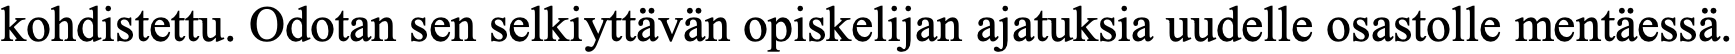
kohdistettu. Odotan sen selkiyttävän opiskelijan ajatuksia uudelle osastolle mentäessä.